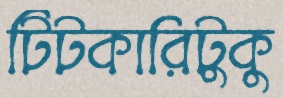
টিটকারিটুকু